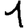
Digit: 1